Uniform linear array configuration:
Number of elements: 64
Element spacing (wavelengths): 1
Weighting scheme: blackman
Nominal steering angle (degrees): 0
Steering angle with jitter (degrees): -0.03315
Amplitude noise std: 0.05
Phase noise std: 0.05

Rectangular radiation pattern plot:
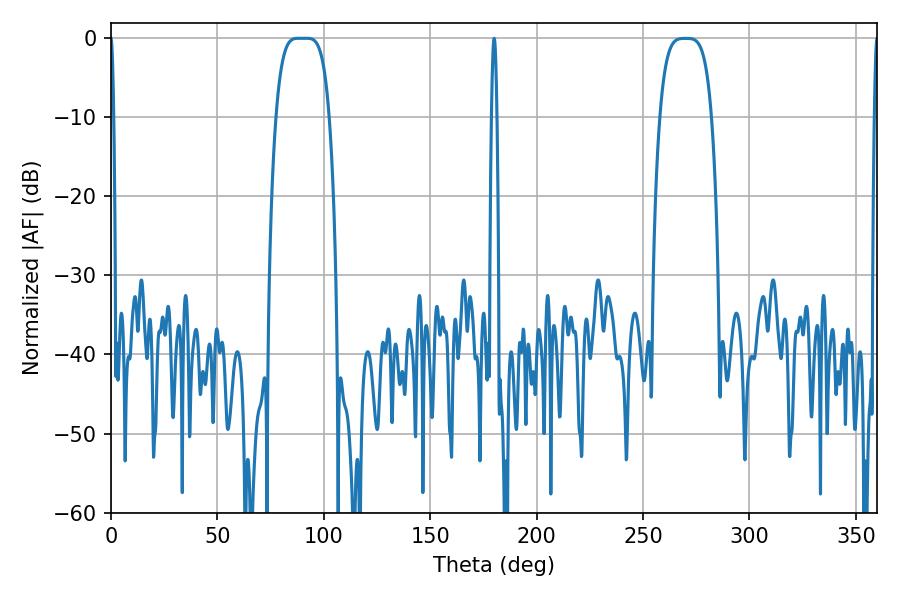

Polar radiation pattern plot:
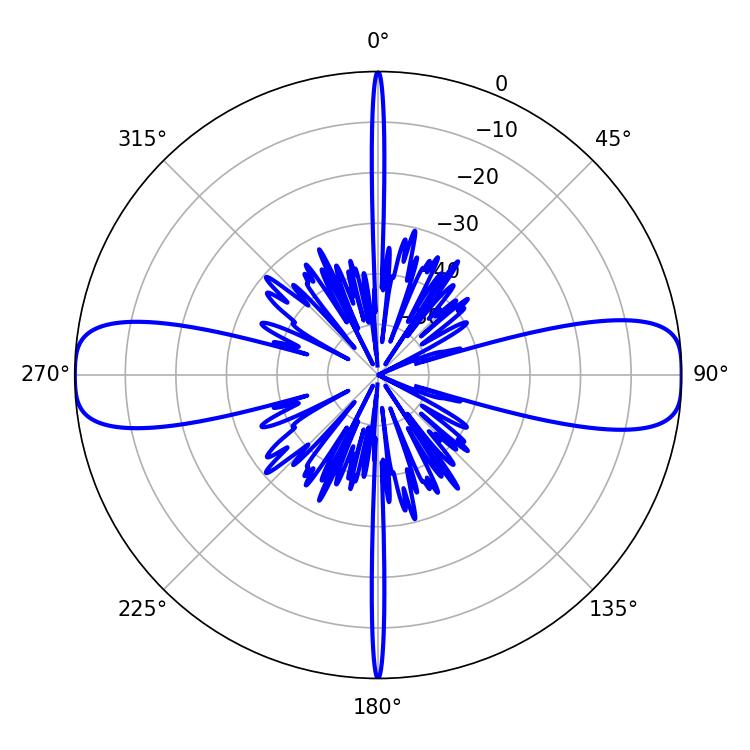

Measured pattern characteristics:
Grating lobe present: TRUE
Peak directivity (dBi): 20.389
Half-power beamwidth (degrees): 18.72
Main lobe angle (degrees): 87.84